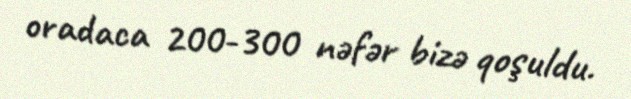
oradaca 200-300 nəfər bizə qoşuldu.